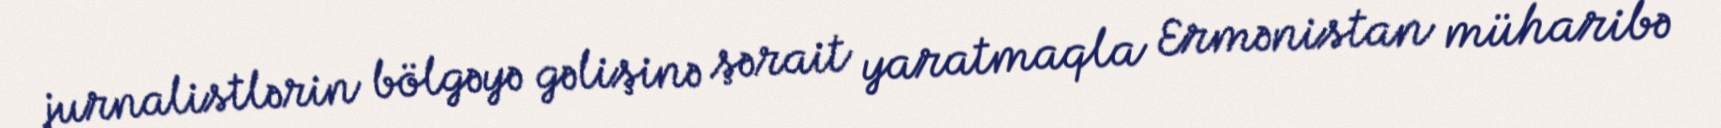
jurnalistlərin bölgəyə gəlişinə şərait yaratmaqla Ermənistan müharibə